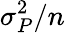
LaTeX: \sigma_{P}^{2}/n